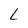
Character: L